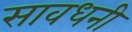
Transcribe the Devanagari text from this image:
सावधनी